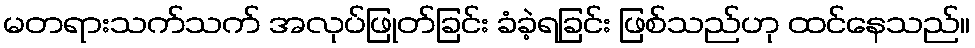
မတရားသက်သက် အလုပ်ဖြုတ်ခြင်း ခံခဲ့ရခြင်း ဖြစ်သည်ဟု ထင်နေသည်။